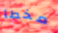
مخطأ